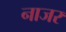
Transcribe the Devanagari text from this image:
नाजर